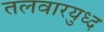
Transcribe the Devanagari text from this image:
तलवारयुध्द